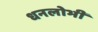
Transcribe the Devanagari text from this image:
धनलोभी